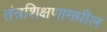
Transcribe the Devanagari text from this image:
तंत्रशिक्षणामधील